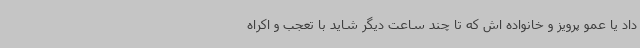
داد یا عمو پرویز و خانواده اش که تا چند ساعت دیگر شاید با تعجب و اکراه